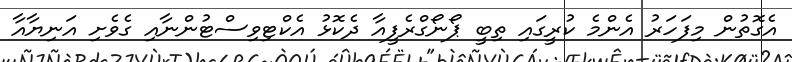
އެގޮތުން މިފަހަރު އެންމެ ކުރީގައި ތިބީ ޕޯނޯގްރެފީއާ ދެކޮޅު އެކްޓިވިސްޓުންނާއި ގެވެށި އަނިޔާއާ